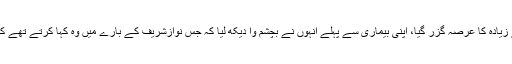
کیا یہ کوئی معمولی واقعہ تھا، اب انہیں سابق صدر ہوئے دس سال سے زیادہ کا عرصہ گزر گیا، اپنی بیماری سے پہلے انہوں نے بچشم وا دیکھ لیا کہ جس نوازشریف کے بارے میں وہ کہا کرتے تھے کہ پاکستانی سیاست میں ان کا کوئی مقام نہیں رہا وہ کوئی اور کام کریں۔